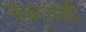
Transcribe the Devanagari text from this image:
नवर्‍याशी